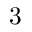
3